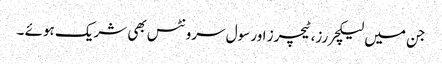
جن میں لیکچررز،ٹیچرز اور سول سرونٹس بھی شریک ہوئے ۔